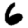
Digit: 6